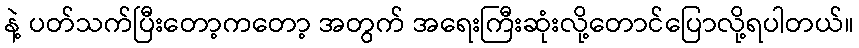
နဲ့ ပတ်သက်ပြီးတော့ကတော့ အတွက် အရေးကြီးဆုံးလို့တောင်ပြောလို့ရပါတယ်။